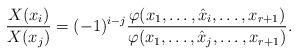
LaTeX: \begin{align*}\frac{X(x_i)}{X(x_j)} = (-1)^{i-j} \frac{\varphi(x_1,\ldots,\hat{x}_i,\ldots,x_{r+1})}{\varphi(x_1,\ldots,\hat{x}_j,\ldots,x_{r+1})}.\end{align*}